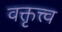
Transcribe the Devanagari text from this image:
वक्तृत्त्व